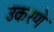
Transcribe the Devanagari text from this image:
उकरणे